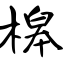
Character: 槔